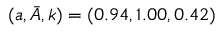
( a , \Bar { A } , k ) = ( 0 . 9 4 , 1 . 0 0 , 0 . 4 2 )